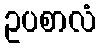
ဥပစာလံ